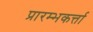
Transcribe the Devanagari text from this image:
प्रारम्भकर्त्ता